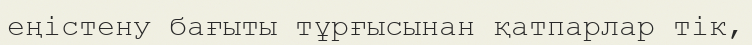
еңістену бағыты тұрғысынан қатпарлар тік,